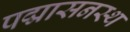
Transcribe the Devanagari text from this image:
पद्मासनस्थ